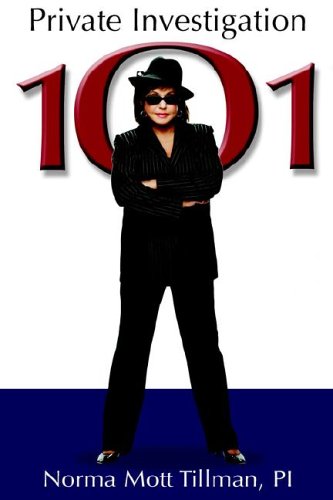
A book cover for Private Investigation 101; Norma M. Tillman; Law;